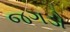
જગડો